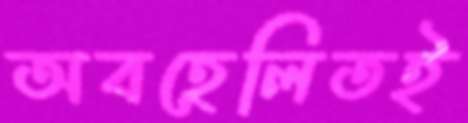
অবহেলিতই